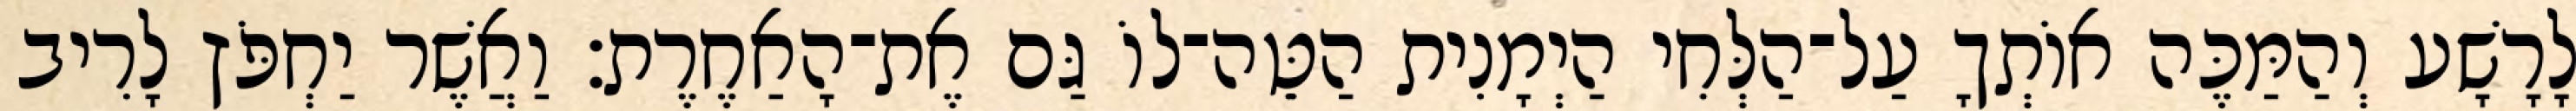
לָרָשָׁע וְהַמַּכֶּה אוֹתְךָ עַל־הַלְּחִי הַיְמָנִית הַטֵּה־לוֹ גַּם אֶת־הָאַחֶרֶת׃ וַאֲשֶׁר יַחְפֹּץ לָרִיב